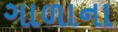
ગાળાના